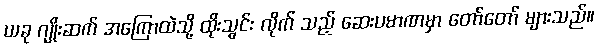
ယခု ဂျိုးဆက် အကြောထဲသို့ ထိုးသွင်း လိုက် သည့် ဆေးပမာဏမှာ တော်တော် များသည်။